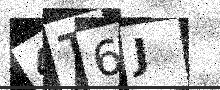
Text: 4T6J